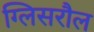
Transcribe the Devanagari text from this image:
ग्लिसरौल